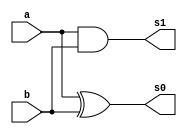
/*
 * Exemplo_0801 - GATES
 * Nome Gabriel Vargas Bento de Souza
*/

// -------------------------
// half adder
// -------------------------
module halfAdder (output s1, s0,
                  input  a, b);
   
   // descrever por portas
   xor XOR1 (s0, a, b);
   and AND1 (s1, a, b);

endmodule // halfAdder

// -------------------------
// full adder
// -------------------------
module fullAdder ( output s1, s0,
                   input a, b,
                   input carryIn );
   
   // temporario
   wire temp_s0, temp_s1a, temp_s1b;

   // descrever por portas e/ou modulos
   halfAdder HA1 (temp_s1a, temp_s0, a, b);
   halfAdder HA2 (temp_s1b, s0, temp_s0, carryIn);

   or        OR1 (s1, temp_s1a, temp_s1b);

endmodule // fullAdder

// -------------------------
// main
// -------------------------
module test_fullAdder;
   
   // definir dados
   reg  [4:0] x;
   reg  [4:0] y;
   wire [4:0] carry; // vai-um
   wire [5:0] soma;

   //            ( s1,       s0,      a,    b,    carryIn  );
   fullAdder FA0 ( carry[0], soma[0], x[0], y[0], 1'b0 );
   fullAdder FA1 ( carry[1], soma[1], x[1], y[1], carry[0] );
   fullAdder FA2 ( carry[2], soma[2], x[2], y[2], carry[1] );
   fullAdder FA3 ( carry[3], soma[3], x[3], y[3], carry[2] );
   fullAdder FA4 ( carry[4], soma[4], x[4], y[4], carry[3] );

   or OR1 (soma[5], carry[4], 0);
   
   // parte principal
   initial
   begin : main
      $display("Exemplo_0801 - Gabriel Vargas Bento de Souza - 778023");
      $display("ALU's Full Adder\n");
      $display("  x       y     carry     soma  ");

      // projetar testes do somador completo
         $monitor("%5b %7b %7b %9b", x, y, carry, soma);
         x = 5'b01011; y = 5'b00111;
      #1 x = 5'b11001; y = 5'b01101;
      #1 x = 5'b00001; y = 5'b00001;
      #1 x = 5'b01000; y = 5'b10101;
      #1 x = 5'b00000; y = 5'b01011;
   end
endmodule // test_fullAdder

// -------------------------
// test
// -------------------------
/*
---------- previsao ----------

  x     y    x + y    -->    x        y      x + y
(11) + (7)   (18)     -->  01011    00111    010010
(25) + (13)  (38)     -->  11001    01101    100110
( 1) + ( 1)  ( 2)     -->  00001    00001    000010
( 8) + (21)  (29)     -->  01000    10101    011101
( 0) + (11)  (11)     -->  00000    01011    001011

---------- execucao ----------

C:\Users\Gabriel\Desktop\CC-PUC\2Periodo\ARQ1\Tarefas\Guia08>vvp Exemplo_0801.vvp
Exemplo_0801 - Gabriel Vargas Bento de Souza - 778023
ALU's Full Adder

  x       y     carry     soma
01011   00111   01111    010010
11001   01101   11001    100110
00001   00001   00001    000010
01000   10101   00000    011101
00000   01011   00000    001011
*/